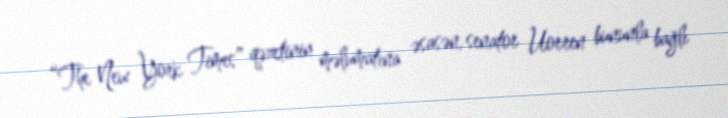
“The New York Times” qəzetinin məlumatına əsasən, senator Uorren bununla bağlı